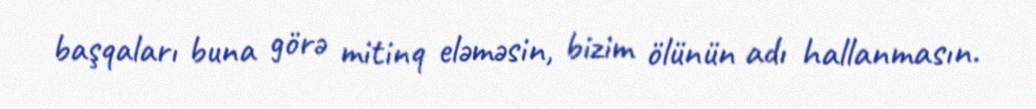
başqaları buna görə mitinq eləməsin, bizim ölünün adı hallanmasın.